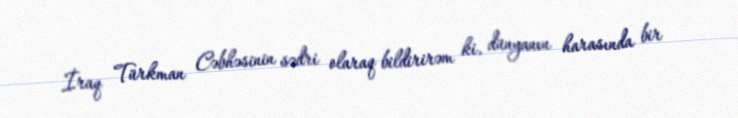
İraq Türkman Cəbhəsinin sədri olaraq bildirirəm ki, dünyanın harasında bir